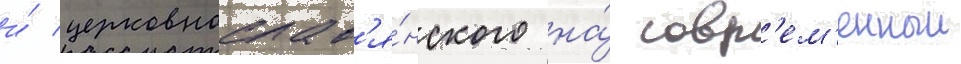
и́ церковнослав'я́нского на́ совр'ем'енныи